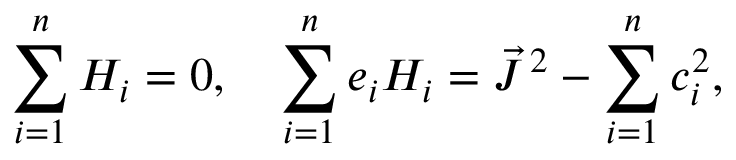
\sum _ { i = 1 } ^ { n } H _ { i } = 0 , \quad \sum _ { i = 1 } ^ { n } e _ { i } H _ { i } = \vec { J } ^ { \, 2 } - \sum _ { i = 1 } ^ { n } c _ { i } ^ { 2 } ,